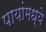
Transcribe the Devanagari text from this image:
पायांमध्ये